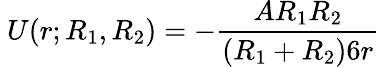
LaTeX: \ U(r;R_{1},R_{2})=-{\frac{AR_{1}R_{2}}{(R_{1}+R_{2})6r}}